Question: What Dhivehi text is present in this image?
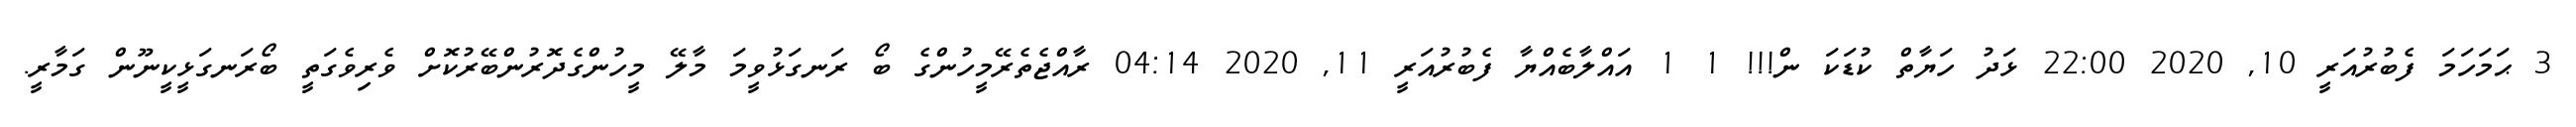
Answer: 3 ޙަމަހަމަ ފެބުރުއަރީ 10, 2020 22:00 ޅަދު ހަޔާތް ކުޑަކަ ން!!! 1 1 އައްލާބެއްޔާ ފެބުރުއަރީ 11, 2020 04:14 ރާއްޖެތެރޭމީހުންގެ ބޯ ރަނގަޅުވީމަ މާލޭ މީހުންގެދޮރުންބޭރުކޮށް ވެރިވެގަތީ ބޯރަނގަޅީކީނޫން ގަމާރީ.